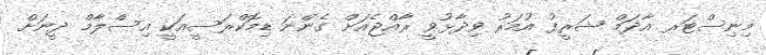
މިނިސްޓަރ އާދަމް ޝަރީފު އުމަރު ވިދާޅުވީ ރާއްޖެއަށް ގެންނަ ޑިމޮކްރަސީއަކީ އިސްލާމް ދީނަށް